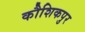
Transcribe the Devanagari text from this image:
कौशिकपुर